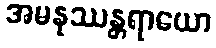
အမနုဿန္တရာယော